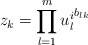
\begin{align*}z_k=\prod_{l=1}^m {u_l^i}^{b_{lk}}\end{align*}